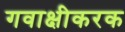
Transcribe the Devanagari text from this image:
गवाक्षीकरक